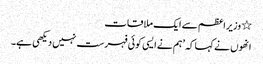
٭ وزیراعظم سے ایک ملاقات
انھوں نے کہا کہ ’ہم نے ایسی کوئی فہرست نہیں دیکھی ہے۔